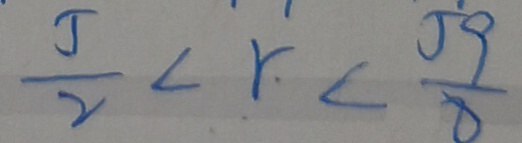
\frac { 5 } { 2 } < r < \frac { 5 9 } { 8 }